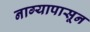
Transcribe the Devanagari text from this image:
नाग्यापासून